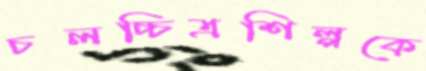
চলচ্চিত্রশিল্পকে